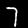
Digit: 7